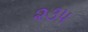
૨૩૫